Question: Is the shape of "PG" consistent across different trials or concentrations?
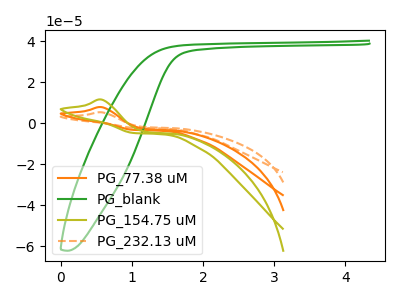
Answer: <think>The orange curve "PG_77.38 uM" has an anodic peak at: (0.60V, 7.90uA). The green curve "PG_blank" has no peaks. The olive curve "PG_154.75 uM" has an anodic peak at: (0.60V, 11.60uA). The orange dashed curve "PG_232.13 uM" has an anodic peak at: (0.60V, 15.75uA).
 "PG_77.38 uM" and "PG_blank" have a different number of peaks. All the peaks in "PG_77.38 uM" have a peak in "PG_154.75 uM" at the same potential. Every peak in "PG_77.38 uM" is lower than every peak in "PG_154.75 uM". All the peaks in "PG_77.38 uM" have a peak in "PG_232.13 uM" at the same potential. Every peak in "PG_77.38 uM" is lower than every peak in "PG_232.13 uM". "PG_blank" and "PG_154.75 uM" have a different number of peaks. "PG_blank" and "PG_232.13 uM" have a different number of peaks. All the peaks in "PG_154.75 uM" have a peak in "PG_232.13 uM" at the same potential. Every peak in "PG_154.75 uM" is lower than every peak in "PG_232.13 uM".</think>
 <answer>All the CV's of "PG" have similar shape.</answer>
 <eval>follow_rule</eval>